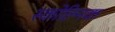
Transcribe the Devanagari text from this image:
स्कोल्निक